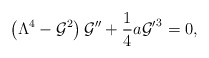
\begin{align*}\left(\Lambda^4-{\cal G}^2\right){\cal G}''+{1\over 4}a {{\cal G}'}^3=0,\end{align*}